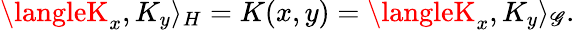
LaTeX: \langleK_{x},K_{y}\rangle_{H}=K(x,y)=\langleK_{x},K_{y}\rangle_{\mathscr{G}}.